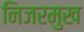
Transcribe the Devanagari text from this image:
निजरमुख